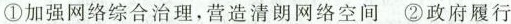
①加强网络综合治理，营造清朗网络空间 ②政府履行